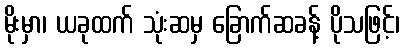
မိုးမှာ၊ ယခုထက် သုံးဆမှ ခြောက်ဆခန့် ပိုသဖြင့်၊